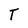
Character: T